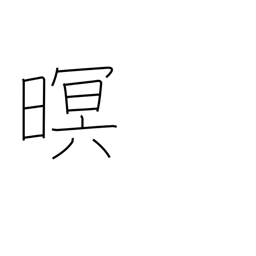
Meaning: dark